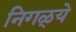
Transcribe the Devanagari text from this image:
निगळ्ये